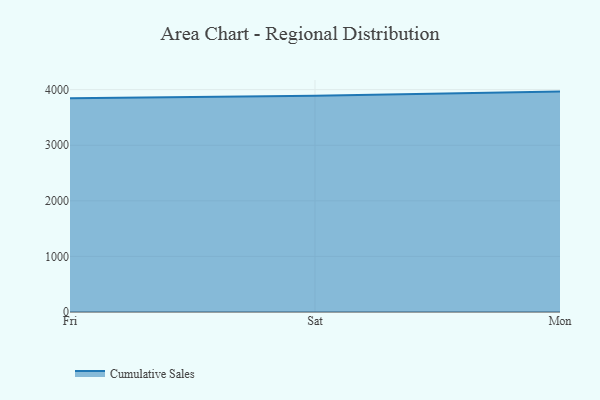
{"axis": {"x": "Day", "y": "Revenue (USD Million)"}, "legend": ["Cumulative Sales"], "data": [{"x": "Fri", "y": 3845.8, "type": "Cumulative Sales"}, {"x": "Sat", "y": 3888.9, "type": "Cumulative Sales"}, {"x": "Mon", "y": 3964.5, "type": "Cumulative Sales"}]}